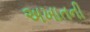
અખાતની